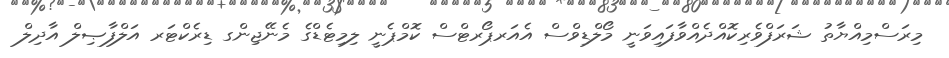
މިރަސްމިއްޔާތު ޝަރަފްވެރިކޮއްދެއްވާފައިވަނީ މޯލްޑިވްސް އެއަރޕޯރޓްސް ކޮމްޕެނީ ލިމިޓެޑްގެ މެނޭޖިންގ ޑިރެކްޓަރ އަލްފާޞިލް އާދިލް